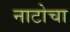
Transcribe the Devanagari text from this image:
नाटोचा